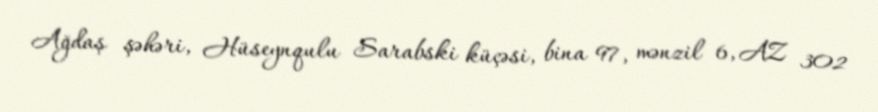
Ağdaş şəhəri, Hüseynqulu Sarabski küçəsi, bina 97, mənzil 6, AZ 302